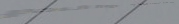
إعادة تدوير النفايات والم